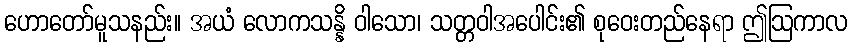
ဟောတော်မူသနည်း။ အယံ လောကသန္နိ ဝါသော၊ သတ္တဝါအပေါင်း၏ စုဝေးတည်နေရာ ဤဩကာလ